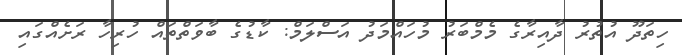
ހިތަދޫ އުތުރު ދާއިރާގެ މެމްބަރު މުހައްމަދު އަސްލަމް: ކާޑުގެ ބާވަތްތައް ހުރިހާ ރަށެއްގައި